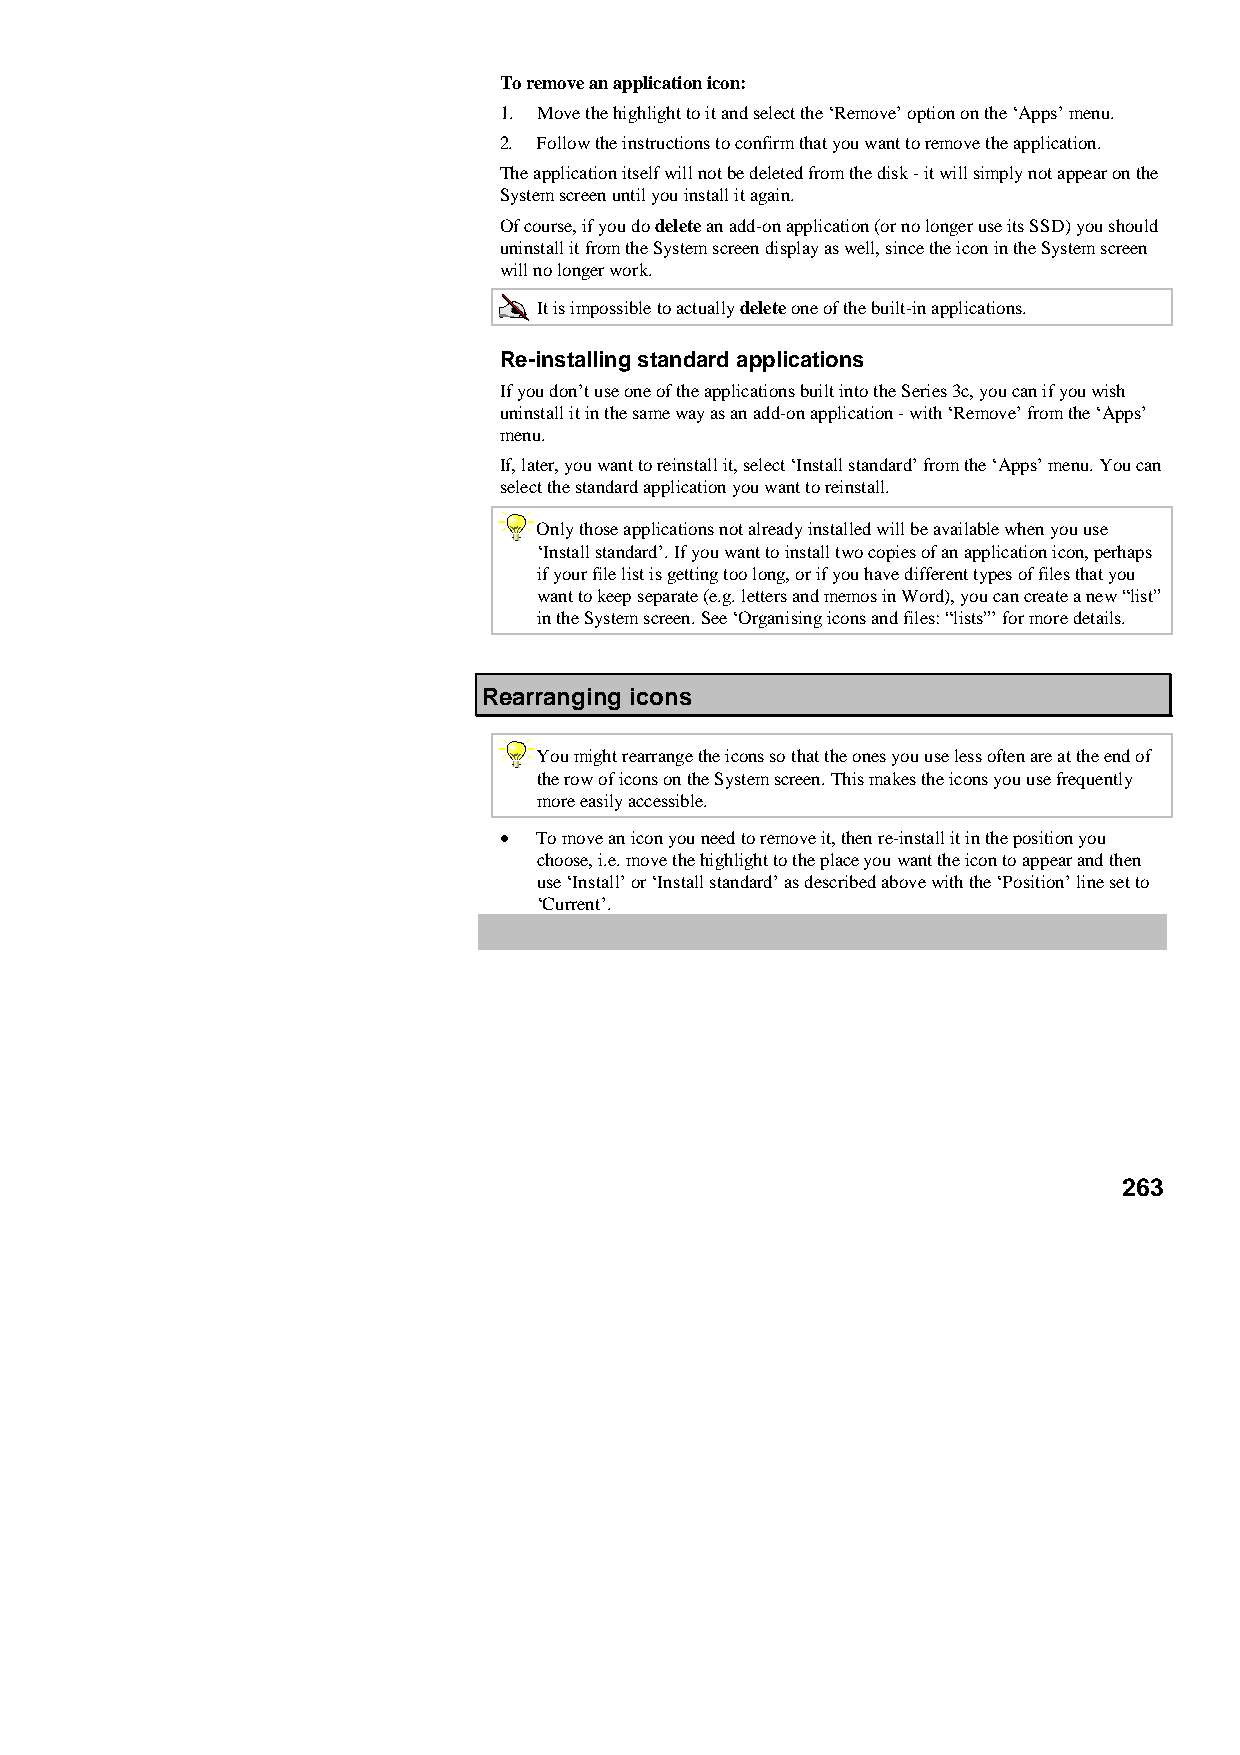
To remove an application icon:
 1. Move the highlight to it and select the ‘Remove’ option on the ‘Apps’ menu.
 2. Follow the instructions to confirm that you want to remove the application.
 The application itself will not be deleted from the disk - it will simply not appear on the
 System screen until you install it again.
 Of course, if you do delete an add-on application (or no longer use its SSD) you should
 uninstall it from the System screen display as well, since the icon in the System screen
 will no longer work.
 It is impossible to actually delete one of the built-in applications.
 Re-installing standard applications
 If you don’t use one of the applications built into the Series 3c, you can if you wish
 uninstall it in the same way as an add-on application - with ‘Remove’ from the ‘Apps’
 menu.
 If, later, you want to reinstall it, select ‘Install standard’ from the ‘Apps’ menu. You can
 select the standard application you want to reinstall.
 Only those applications not already installed will be available when you use
 ‘Install standard’. If you want to install two copies of an application icon, perhaps
 if your file list is getting too long, or if you have different types of files that you
 want to keep separate (e.g. letters and memos in Word), you can create a new “list”
 in the System screen. See ‘Organising icons and files: “lists”’ for more details.
 Rearranging icons
 You might rearrange the icons so that the ones you use less often are at the end of
 the row of icons on the System screen. This makes the icons you use frequently
 more easily accessible.
 •  To move an icon you need to remove it, then re-install it in the position you
 choose, i.e. move the highlight to the place you want the icon to appear and then
 use ‘Install’ or ‘Install standard’ as described above with the ‘Position’ line set to
 ‘Current’.
 263